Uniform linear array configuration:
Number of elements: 24
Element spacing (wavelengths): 0.75
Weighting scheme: kaiser
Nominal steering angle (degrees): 0
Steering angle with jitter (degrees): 0.4815
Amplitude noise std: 0.05
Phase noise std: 0.05

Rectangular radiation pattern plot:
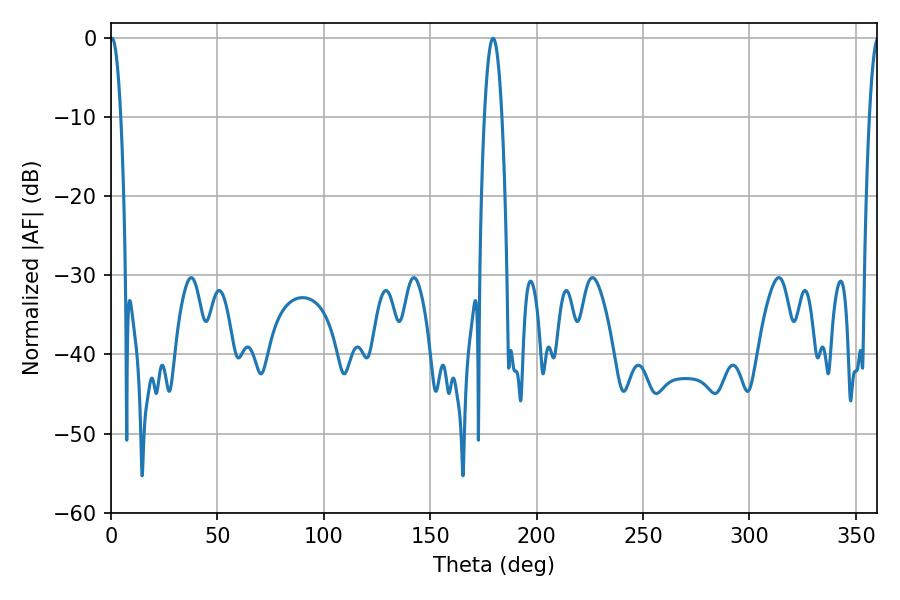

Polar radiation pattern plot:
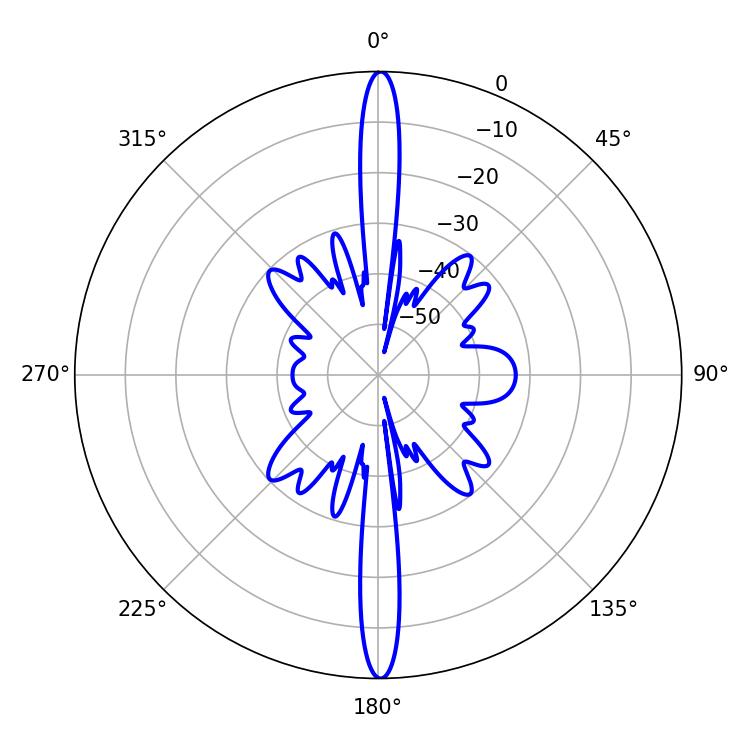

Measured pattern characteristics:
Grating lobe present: TRUE
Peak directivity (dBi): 31.184
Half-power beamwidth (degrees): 2.7
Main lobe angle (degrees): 0.54